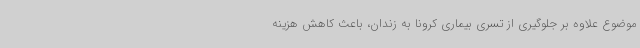
موضوع علاوه بر جلوگیری از تسری بیماری کرونا به زندان، باعث کاهش هزینه